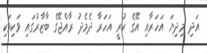
އަދި މިދިޔަ އަހަރާއި އޭގެ ކުރީ އަހަރާ ދެމެދު ރާއްޖޭގެ ބާޒާރުގައި ވަކިވަކި